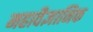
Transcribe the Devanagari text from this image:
महावैज्ञानिक